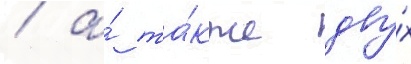
/ а́ та́кже дву́х